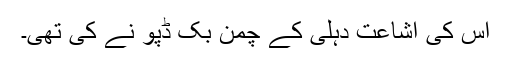
اس کی اشاعت دہلی کے چمن بُک ڈپو نے کی تھی۔